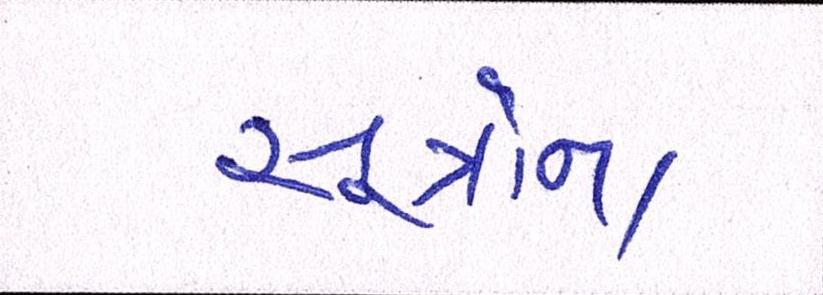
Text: સૂત્રોના